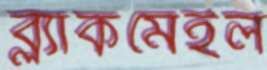
ব্ল্যাকমেইল